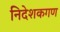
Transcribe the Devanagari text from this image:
निदेशकगण